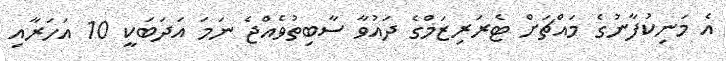
އެ މަނިކުފާނުގެ މައްޗަށް ޓެރަރިޒަމްގެ ދައުވާ ސާބިތުވެއްޖެ ނަމަ އަދަބަކީ 10 އަހަރާއި